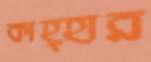
কাহ্হার